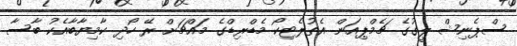
ސްޕެނިޝް ލީގުގެ ޗެމްޕިއަން އެތުލެޓިކޯ މެޑްރިޑްގެ މައްޗަށް ރޭ ހޯދި ކާމިޔާބާއެކު ބާސާ